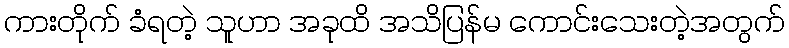
ကားတိုက် ခံရတဲ့ သူဟာ အခုထိ အသိပြန်မ ကောင်းသေးတဲ့အတွက်